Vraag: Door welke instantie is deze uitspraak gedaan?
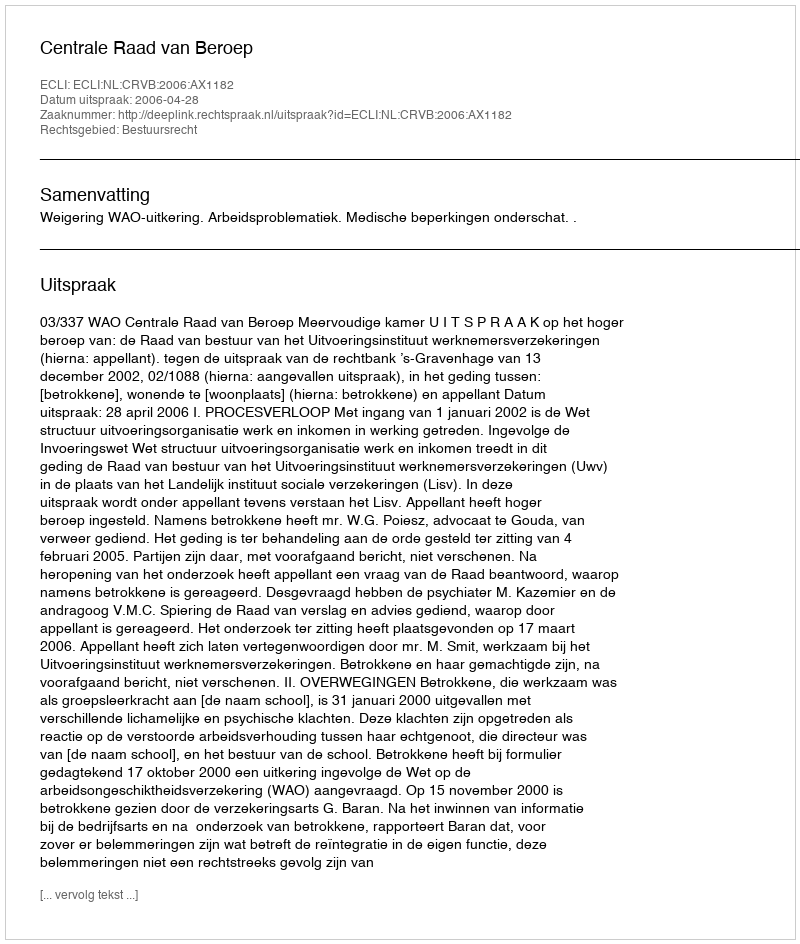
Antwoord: Centrale Raad van Beroep